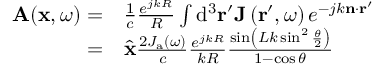
\begin{array} { r l } { \mathbf { A } ( \mathbf { x } , \omega ) = } & { \frac { 1 } { c } \frac { e ^ { j k R } } { R } \int \mathrm { d } ^ { 3 } \mathbf { r } ^ { \prime } \mathbf { J } \left( \mathbf { r } ^ { \prime } , \omega \right) e ^ { - j k \mathbf { n } \cdot \mathbf { r } ^ { \prime } } } \\ { = } & { { \hat { \mathbf { x } } } \frac { 2 J _ { \mathrm { a } } ( \omega ) } { c } \frac { e ^ { j k R } } { k R } \frac { \sin \left( L k \sin ^ { 2 } \frac { \theta } { 2 } \right) } { 1 - \cos \theta } } \end{array}